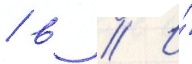
/ в // И́